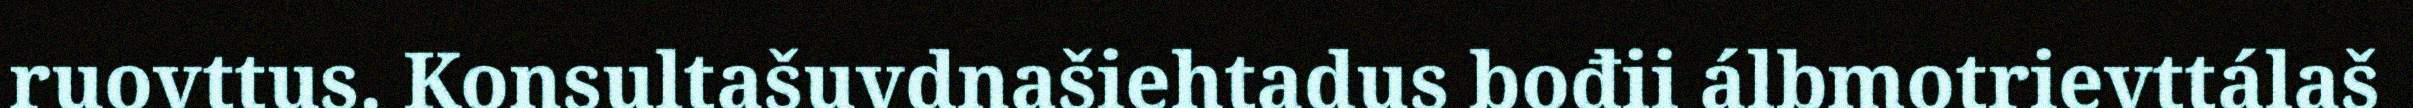
ruovttus. Konsultašuvdnašiehtadus bođii álbmotrievttálaš